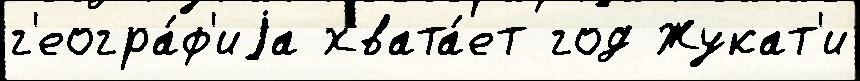
г'еогра́ф'иjа хвата́ет год Жукат'и